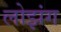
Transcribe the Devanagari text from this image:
लोझंग